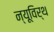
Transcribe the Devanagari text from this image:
न्यूविर्थ